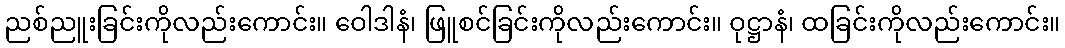
ညစ်ညူးခြင်းကိုလည်းကောင်း။ ဝေါဒါနံ၊ ဖြူစင်ခြင်းကိုလည်းကောင်း။ ဝုဋ္ဌာနံ၊ ထခြင်းကိုလည်းကောင်း။